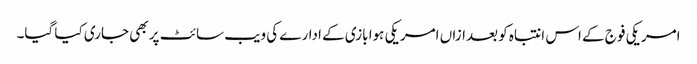
امریکی فوج کے اس انتباہ کو بعدازاں امریکی ہوا بازی کے ادارے کی ویب سائٹ پر بھی جاری کیا گیا۔